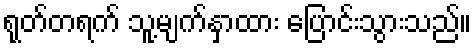
ရုတ်တရက် သူ့မျက်နှာထား ပြောင်းသွားသည်။